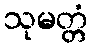
သုမတ္တံ